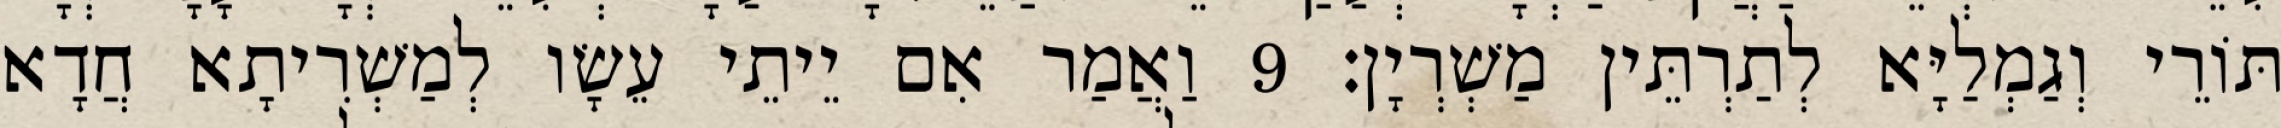
תּוֹרֵי וְגַמְלַיָּא לְתַרְתֵּין מַשְׁרְיָן׃ 9 וַאֲמַר אִם יֵיתֵי עֵשָׂו לְמַשְׁרִיתָא חֲדָא